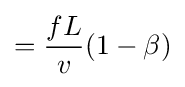
={\frac {fL}{v}}(1-\beta )